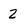
Character: 2